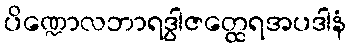
ပိဏ္ဍောလဘာရဒွါဇတ္ထေရအပဒါနံ